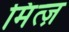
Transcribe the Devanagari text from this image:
मिंत्ज़